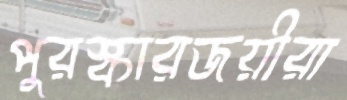
পুরস্কারজয়ীরা